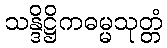
သန္ဒိဋ္ဌိကဓမ္မသုတ္တံ